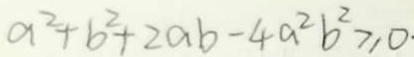
a ^ { 2 } + b ^ { 2 } + 2 a b - 4 a ^ { 2 } b ^ { 2 } \geq 0 .